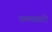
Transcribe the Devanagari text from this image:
कलवारों